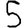
Digit: 5